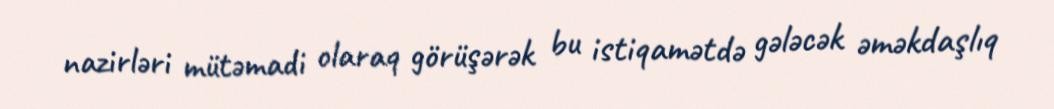
nazirləri mütəmadi olaraq görüşərək bu istiqamətdə gələcək əməkdaşlıq